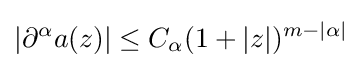
|\partial ^{\alpha }a(z)|\leq C_{\alpha }(1+|z|)^{m-|\alpha |}